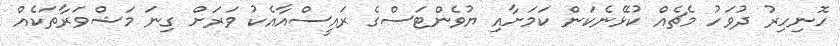
ހޮނިހިރު ދުވަހު މެޗެއް ކުޅޭނެކަން ކަމަށާއި ޔުވެންޓަސްގެ ރައީސްއާއެކު ވަރަށް ގިނަ މަޝްވަރާތަކެއް